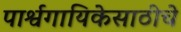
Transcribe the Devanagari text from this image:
पार्श्वगायिकेसाठीचे